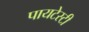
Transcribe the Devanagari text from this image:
पायटेस्टी